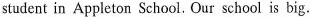
student in Appleton School. Our school is big.